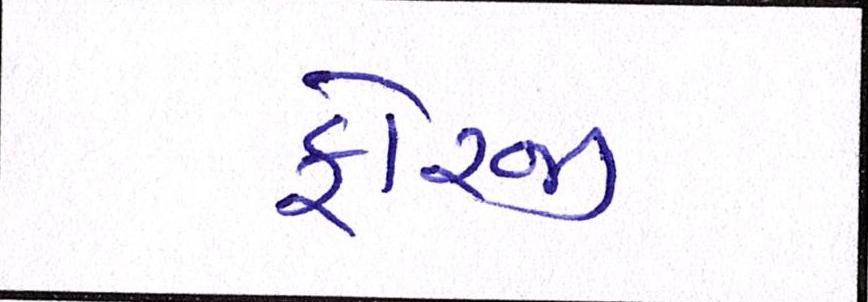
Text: ફોરજી